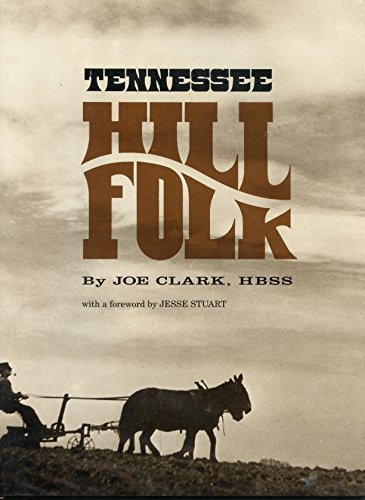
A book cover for Tennessee Hill Folk, with essay by Jesse Stuart; Travel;